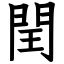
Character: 閏